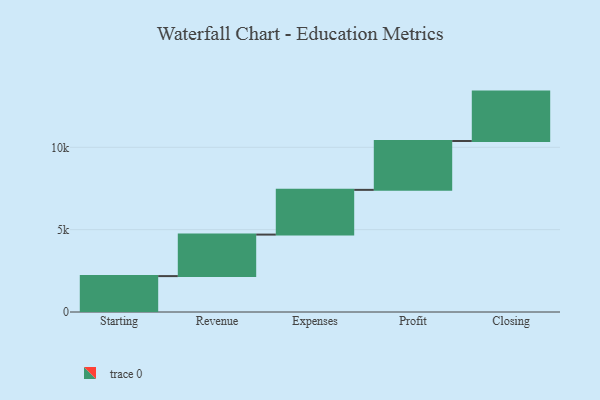
{"axis": {"x": "Step", "y": "Value"}, "legend": [""], "data": [{"x": "Starting", "y": 2180.0, "type": ""}, {"x": "Revenue", "y": 2520.0, "type": ""}, {"x": "Expenses", "y": 2716.0, "type": ""}, {"x": "Profit", "y": 2966.0, "type": ""}, {"x": "Closing", "y": 3000, "type": ""}]}